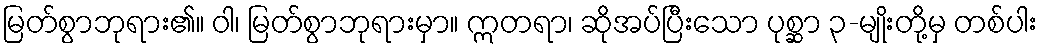
မြတ်စွာဘုရား၏။ ဝါ၊ မြတ်စွာဘုရားမှာ။ ဣတရာ၊ ဆိုအပ်ပြီးသော ပုစ္ဆာ ၃-မျိုးတို့မှ တစ်ပါး